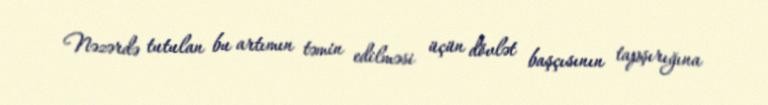
Nəzərdə tutulan bu artımın təmin edilməsi üçün dövlət başçısının tapşırığına